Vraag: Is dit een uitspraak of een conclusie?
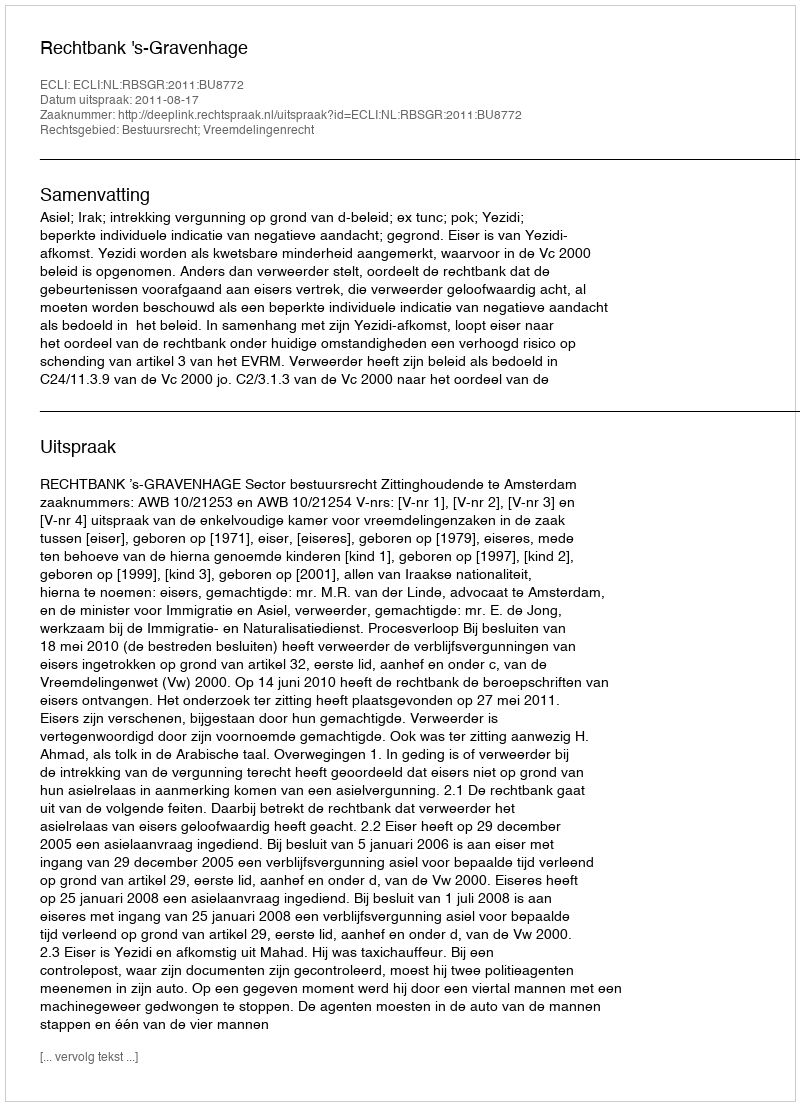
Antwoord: Uitspraak